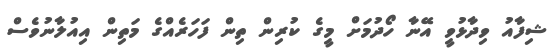
ޝިފާއު ވިދާޅުވީ އޭނާ ހޯދުމަށް މީގެ ކުރިން ތިން ފަހަރެއްގެ މަތިން އިއުލާނުވެސް